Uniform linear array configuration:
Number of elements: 24
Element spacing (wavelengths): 0.75
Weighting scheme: kaiser
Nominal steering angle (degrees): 0
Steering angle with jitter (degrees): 1.109
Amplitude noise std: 0.05
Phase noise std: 0.05

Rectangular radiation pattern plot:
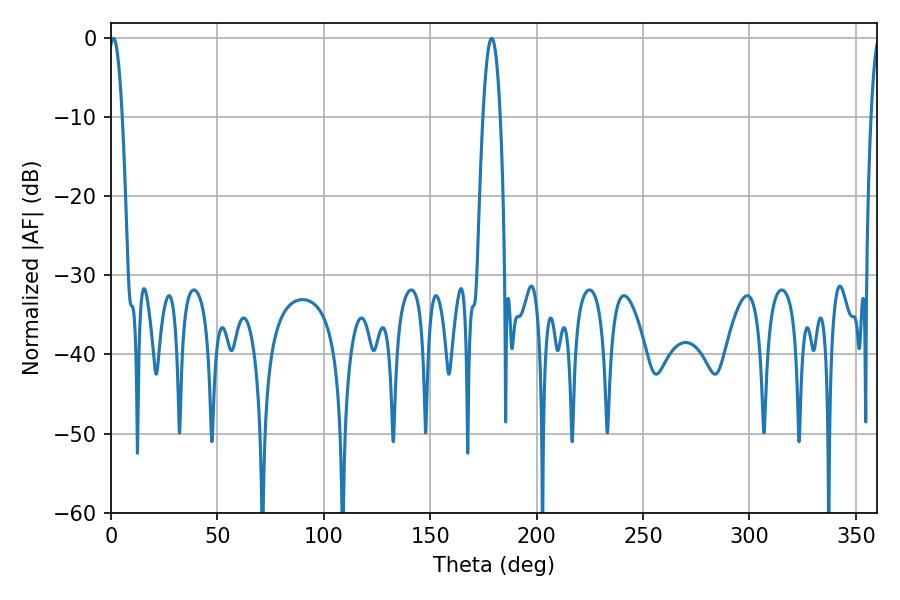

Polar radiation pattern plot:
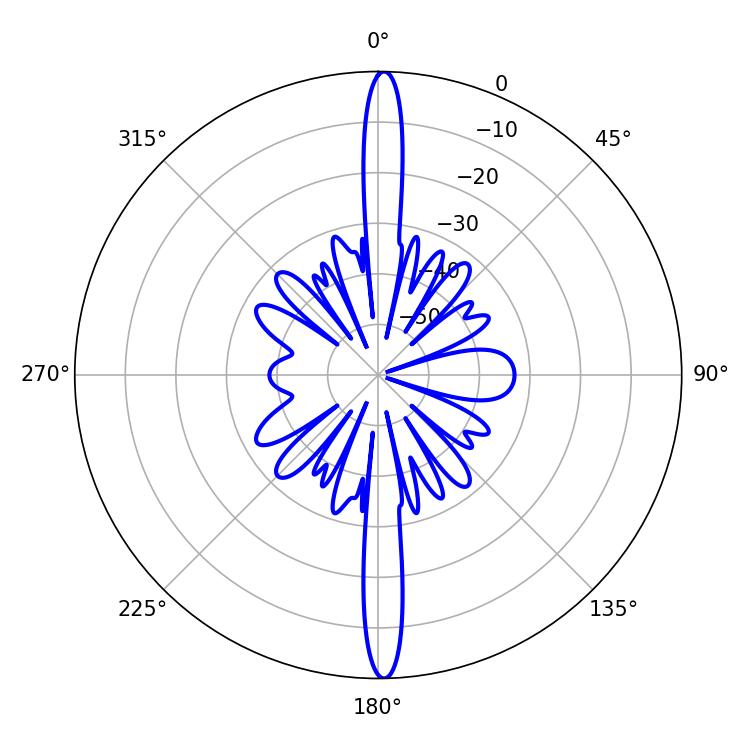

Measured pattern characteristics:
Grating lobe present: TRUE
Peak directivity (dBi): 27.593
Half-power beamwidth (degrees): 3.42
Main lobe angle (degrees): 1.08